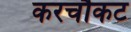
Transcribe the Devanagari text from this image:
करचौकट